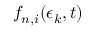
f _ { n , i } ( \epsilon _ { k } , t )